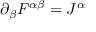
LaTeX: \partial _ { \beta } F ^ { \alpha \beta } = J ^ { \alpha }